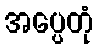
အပ္ပေတုံ